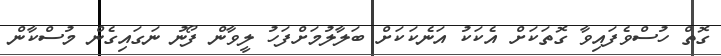
ގޮތް ހުސްވެފައިވާ ގޮތަކަށް އެކަކު އަނެކަކަށް ބަލާލުމަށްފަހު ލީވާން ފޯނު ނަގައިގެން މުސްކާން